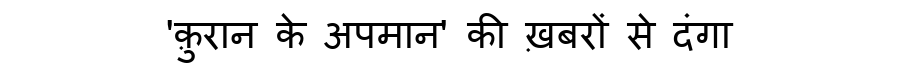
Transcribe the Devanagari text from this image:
'क़ुरान के अपमान' की ख़बरों से दंगा